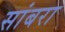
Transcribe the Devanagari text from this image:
सांबरा